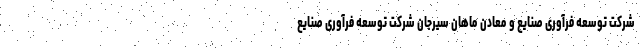
شرکت توسعه فرآوری صنایع و معادن ماهان سیرجان شرکت توسعه فرآوری صنایع